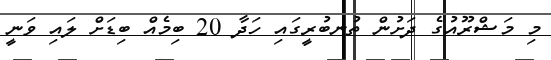
މި މަޝްރޫއުގެ ދަށުން ތުނބުރީގައި ހަދާ 20 ބިމެއް ބިޑަށް ލައި ވަނީ